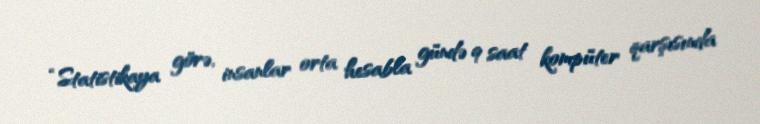
“Statistikaya görə, insanlar orta hesabla gündə 9 saat kompüter qarşısında